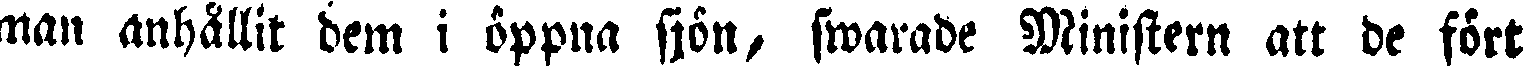
man anhållit dem i öppna sjön, swarade Ministern att de fört